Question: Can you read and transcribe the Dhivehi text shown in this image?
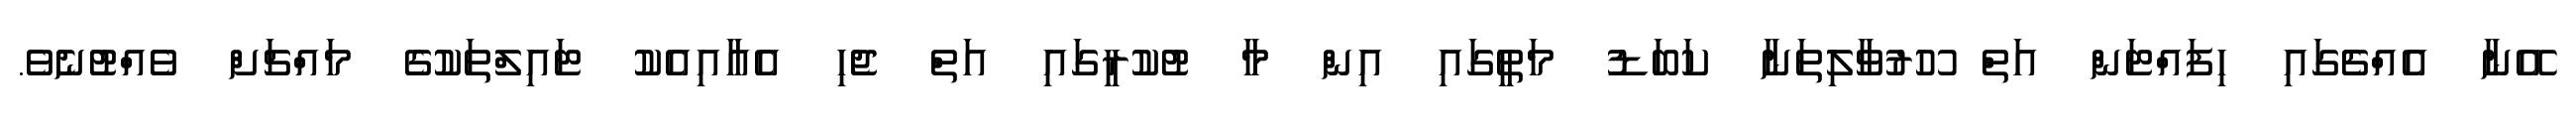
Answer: އޭނާ އެއްޗެގައި ހިފައްޓަން އަތް ހޫރުވާލިތަނާ ކަބަޑު މަތީގައި އިން މާ ޓުކުރީގައި އަތް ޖެހި އެއާއިއެކު ޓައިލްތަކުގެ މައްޗަށް ވެއްޓުނެވެ.